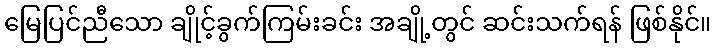
မြေပြင်ညီသော ချိုင့်ခွက်ကြမ်းခင်း အချို့တွင် ဆင်းသက်ရန် ဖြစ်နိုင်။